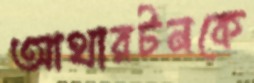
আথারটনকে